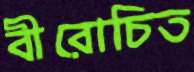
বীরোচিত